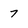
Character: 7